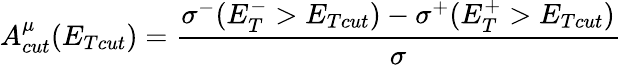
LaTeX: A_{cut}^{\mu}(E_{Tcut})={\frac{\sigma^{-}(E_{T}^{-}>E_{Tcut})-\sigma^{+}(E_{T}^{+}>E_{Tcut})}{\sigma}}